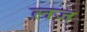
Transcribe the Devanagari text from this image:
लज